Statistics compiled by the Government of India from the reports of provincial Civil Veterinary Departments
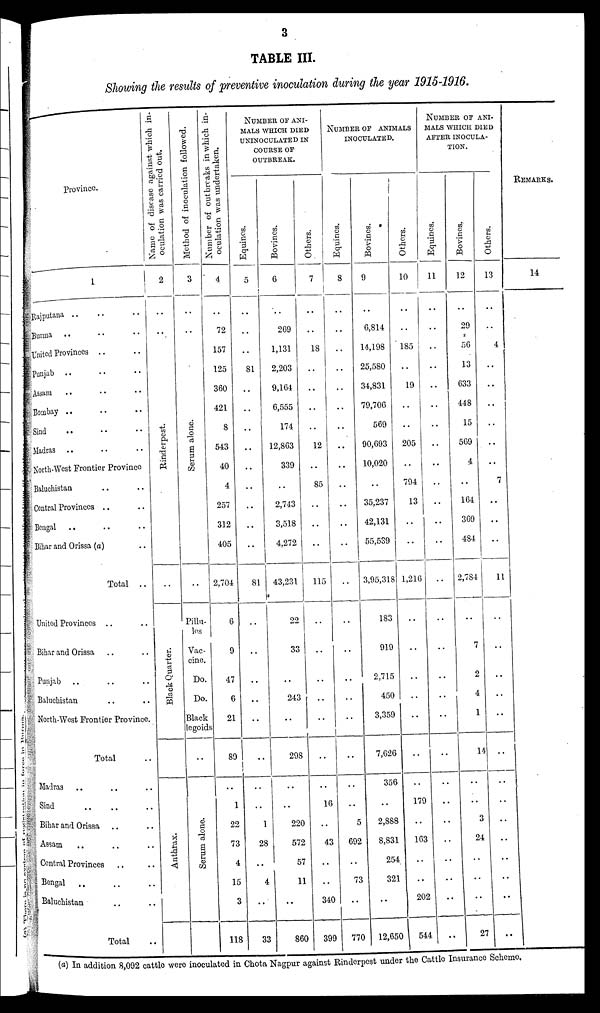
3
TABLE III.
Showing the results of preventive inoculation during the year 1915-1916.
Province.
1
Rajputana .. .. ..
Burma .. .. ..
United Provinces .. ..
Punjab .. .. ..
Assam .. .. ..
Bombay .. .. ..
Sind .. .. ..
Madras .. .. ..
North-West Frontier Province
Baluchistan .. ..
Central Provinces .. ..
Bengal .. .. ..
Bihar and Orissa (a) ..
Total
..
United Provinces .. ..
Bihar and Orissa .. ..
Punjab .. .. ..
Baluchistan .. ..
North-West Frontier Province.
Total ..
Madras .. .. ..
Sind .. .. ..
Bihar and Orissa .. ..
Assam .. .. ..
Central Provinces .. ..
Bengal .. .. ..
Baluchistan .. ..
Total ..
Name of disease against which in-
oculation was carried out.
2
..
..
Rinderpest.
..
Black Quarter.
Anthrax.
Method of inoculation followed.
3
..
..
Serum alone.
..
Pillu-
les
Vac-
cine.
Do.
Do.
Black
legoids
..
Serum alone.
Number of outbreaks in which in-
oculation was undertaken.
4
..
72
157
125
360
421
8
543
40
4
257
312
405
2,704
6
9
47
6
21
89
..
1
22
73
4
15
3
118
NUMBER OF ANI-
---- WHICH DIED
UNINOCULATED IN
COURSE OF
OUTBREAK.
Equines.
5
..
..
..
81
..
..
..
..
..
..
..
..
..
81
..
..
..
..
..
..
..
..
1
28
..
4
..
33
Bovines.
6
..
269
1,131
2,203
9,164
6,555
174
12,863
339
..
2,743
3,518
4,272
43,231
22
33
..
243
..
298
..
..
220
572
57
11
..
860
Others.
7
..
..
18
..
..
..
..
12
..
85
..
..
..
115
..
..
..
..
..
..
..
16
..
43
..
..
340
399
NUMBER OF ANIMALS
INOCULATED.
Equines.
8
..
..
..
..
..
..
..
..
..
..
..
..
..
..
..
..
..
..
..
..
..
..
5
692
..
73
..
770
Bovines.
9
..
6,814
14,198
25,580
34,831
79,706
569
90,693
10,020
..
35,237
42,131
55,539
3,95,318
183
919
2,715
450
3,359
7,626
356
..
2,888
8,831
254
321
..
12,650
Others.
10
..
..
185
..
19
..
..
205
..
794
13
..
..
1,216
..
..
..
..
..
..
..
179
..
163
..
..
202
544
NUMBER OF ANI-
---- WHICH DIED
AFTER INOCULA-
TION.
Equines.
11
..
..
..
..
..
..
..
..
..
..
..
..
..
..
..
..
..
..
..
..
..
..
..
..
..
..
..
..
Bovines.
12
..
29
56
13
633
448
15
569
4
..
164
369
484
2,784
..
7
2
4
1
14
..
..
3
24
..
..
..
27
Others.
13
..
..
4
..
..
..
..
..
..
7
..
..
..
11
..
..
..
..
..
..
..
..
..
..
..
..
..
..
REMARKS.
14
(a) In addition 8,092 cattle were inoculated in Chota Nagpur against Rinderpest under the Cattle Insurance Scheme.